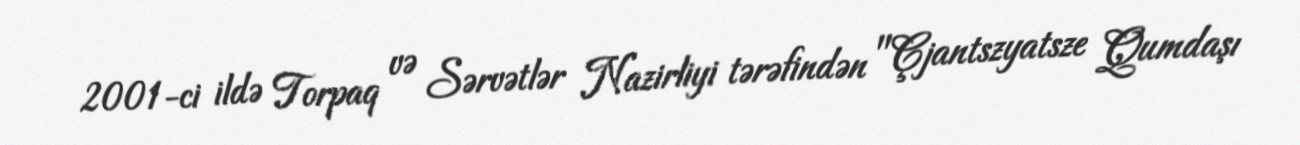
2001-ci ildə Torpaq və Sərvətlər Nazirliyi tərəfindən "Çjantszyatsze Qumdaşı